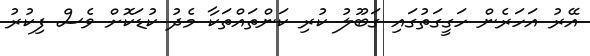
އޭރު އަހަރެން ހަގީގަތުގައި ގަބޫލު ކުރި ކަންތައްތަކާ މެދު ކުޑަކޮށް ވެސް ފިކުރު